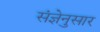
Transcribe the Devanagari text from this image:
संज्ञेनुसार